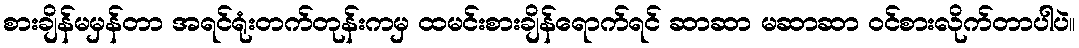
စားချိန်မမှန်တာ အရင်ရုံးတက်တုန်းကမှ ထမင်းစားချိန်ရောက်ရင် ဆာဆာ မဆာဆာ ဝင်စားလိုက်တာပါပဲ။